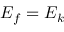
E _ { f } = E _ { k }